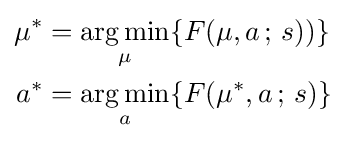
{\begin{aligned}\mu ^{*}&={\underset {\mu }{\operatorname {arg\,min} }}\{F(\mu ,a\,;\,s))\}\\a^{*}&={\underset {a}{\operatorname {arg\,min} }}\{F(\mu ^{*},a\,;\,s)\}\end{aligned}}